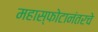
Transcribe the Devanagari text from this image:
महास्फोटानंतरचे